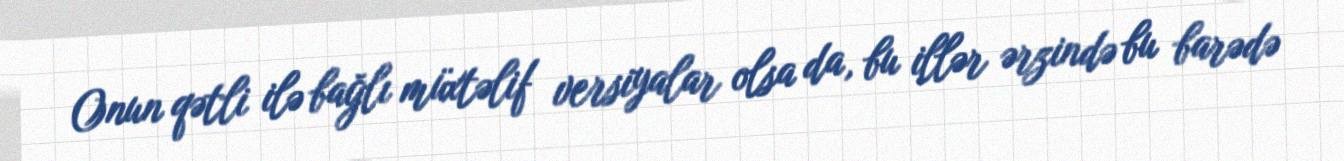
Onun qətli ilə bağlı müxtəlif versiyalar olsa da, bu illər ərzində bu barədə